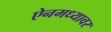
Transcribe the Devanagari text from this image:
ऐनमध्यावर